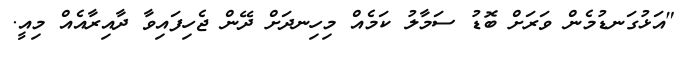
"އަޅުގަނޑުމެން ވަރަށް ބޮޑު ސަމާލު ކަމެއް މިހިނދަށް ދޭން ޖެހިފައިވާ ދާއިރާއެއް މިއީ.